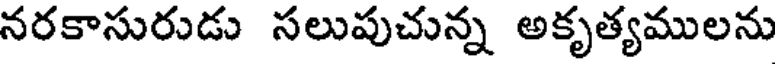
నరకాసురుడు సలుపుచున్న అకృత్యములను